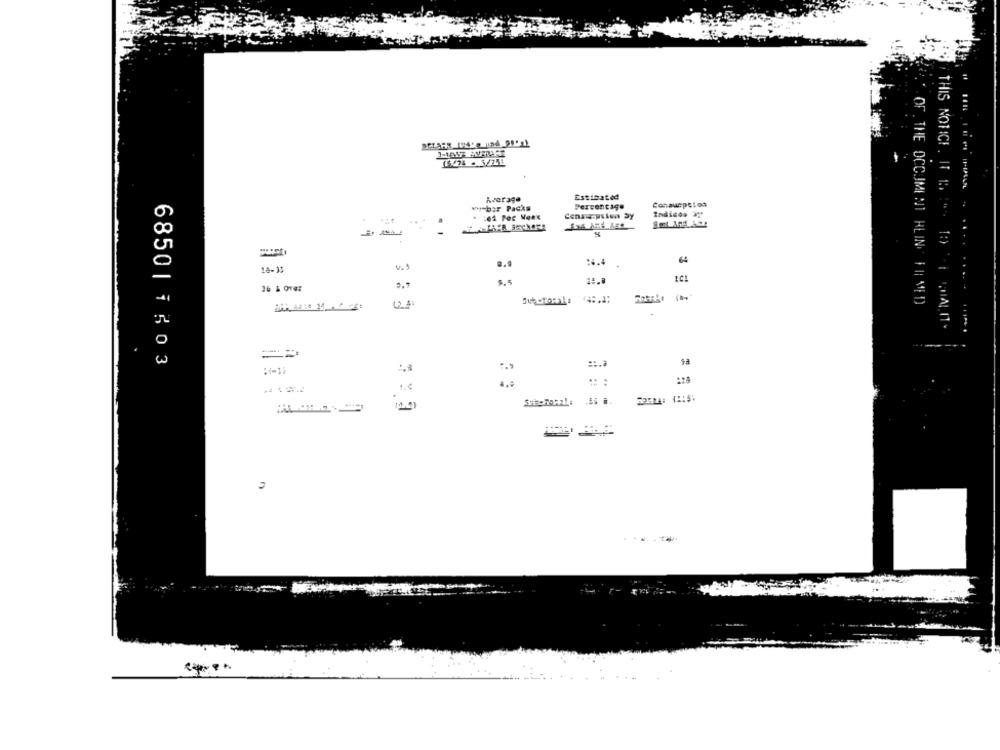
Estimated
Average
Consumption
w-bor Packs
Percentage
Indicos X
:4.4
18-15
v. 1
0.7
3.5
15.8
OF . THE OCCUMENT HLIN | | MED)
THIS NOTICE. IT IS A .. 10 1 CHALI
68501 1303
:- 11
1.4